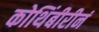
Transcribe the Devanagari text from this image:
कोथिंबीरीनं